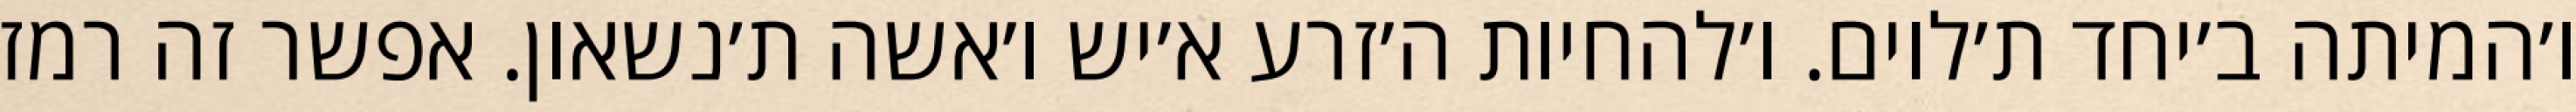
ו׳המיתה ב׳יחד ת׳לוים. ו׳להחיות ה׳זרע א׳יש ו׳אשה ת׳נשאון. אפשר זה רמז